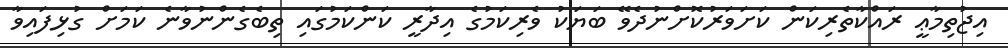
އިޖުތިމާޢީ ރައްކާތެރިކަން ކަށަވަރުކޮށްނުދެވޭ ބަޔަކު ވެރިކަމުގެ އިދާރީ ކަންކަމުގައި ތިބެގެންނުވާނެ ކަމަށް ގުޅިފައިވާ